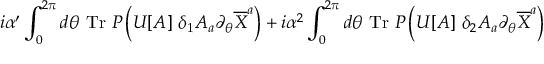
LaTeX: i \alpha ^ { \prime } \int _ { 0 } ^ { 2 \pi } d \theta ~ \mathrm { T r } ~ { \cal P } \left( U [ A ] ~ \delta _ { 1 } A _ { a } \partial _ { \theta } \overline { { { X } } } ^ { a } \right) + i \alpha ^ { 2 } \int _ { 0 } ^ { 2 \pi } d \theta ~ \mathrm { T r } ~ { \cal P } \left( U [ A ] ~ \delta _ { 2 } A _ { a } \partial _ { \theta } \overline { { { X } } } ^ { a } \right)